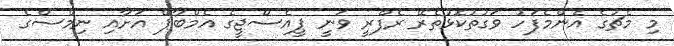
މި މެޗުގެ އެންމެފަހު ވަގުތުކޮޅުތެރޭ ރެފްރީ ވަނީ ޕީއެސްޖީގެ އެމްބާޕޭ އަށާއި ނިމްސްގެ